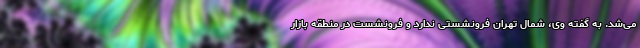
می‌شد. به گفته وی، شمال تهران فرونشستی ندارد و فرونشست در منطقه بازار